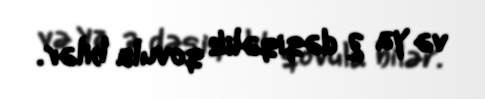
və ya 2 dəqiqəlik qovula bilər.